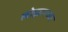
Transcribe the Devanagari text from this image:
लोझानच्या